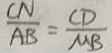
\frac { C N } { A B } = \frac { C D } { M B }